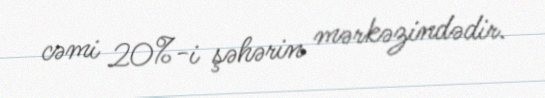
cəmi 20%-i şəhərin mərkəzindədir.